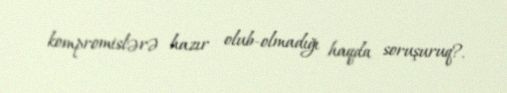
kompromislərə hazır olub-olmadığı haqda soruşuruq?.